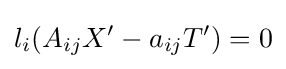
l_{i}(A_{ij}X'-a_{ij}T')=0